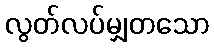
လွတ်လပ်မျှတသော